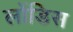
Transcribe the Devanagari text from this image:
लोंडिस